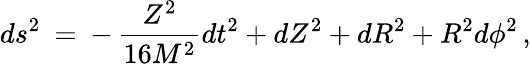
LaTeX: ds^{2}\: =\: -\, \frac{Z^{2}}{16M^{2}}dt^{2}+dZ^{2}+dR^{2}+R^{2}d\phi^{2}\, ,